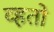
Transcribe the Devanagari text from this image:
व्हतो